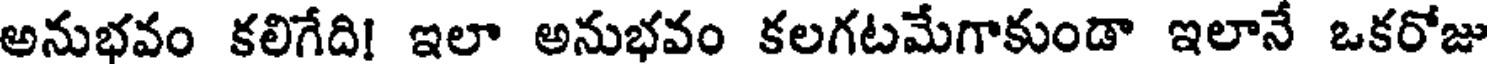
అనుభవం కలిగేది! ఇలా అనుభవం కలగటమేగాకుండా ఇలానే ఒకరోజు